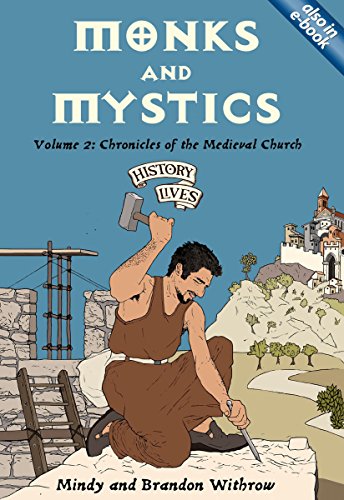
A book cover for Monks and Mystics: Chronicles of the Medieval Church (History Lives series); Mindy Withrow; Teen & Young Adult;